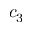
c _ { 3 }